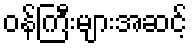
ဝန်ကြီးများအဆင့်